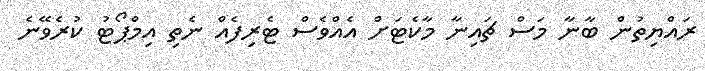
ރައްޔިތުން ބާނާ މަސް ޗައިނާ މާކެޓަށް އެއްވެސް ޓެރިފެއް ނެތި އިމްޕޯޓު ކުރެވޭނެ